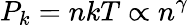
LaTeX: P_{k}=nkT\propto n^{\gamma}